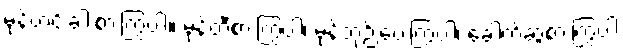
မုန့်ဟင်းခါးစားကြွပါ။ မုန့်တီစားကြွပါ၊ မုန့်ဘုဉ်းပေးကြွပါ၊ ခေါက်ဆွဲစားကြွပါ